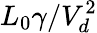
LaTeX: L_{0}\gamma/V_{d}^{2}